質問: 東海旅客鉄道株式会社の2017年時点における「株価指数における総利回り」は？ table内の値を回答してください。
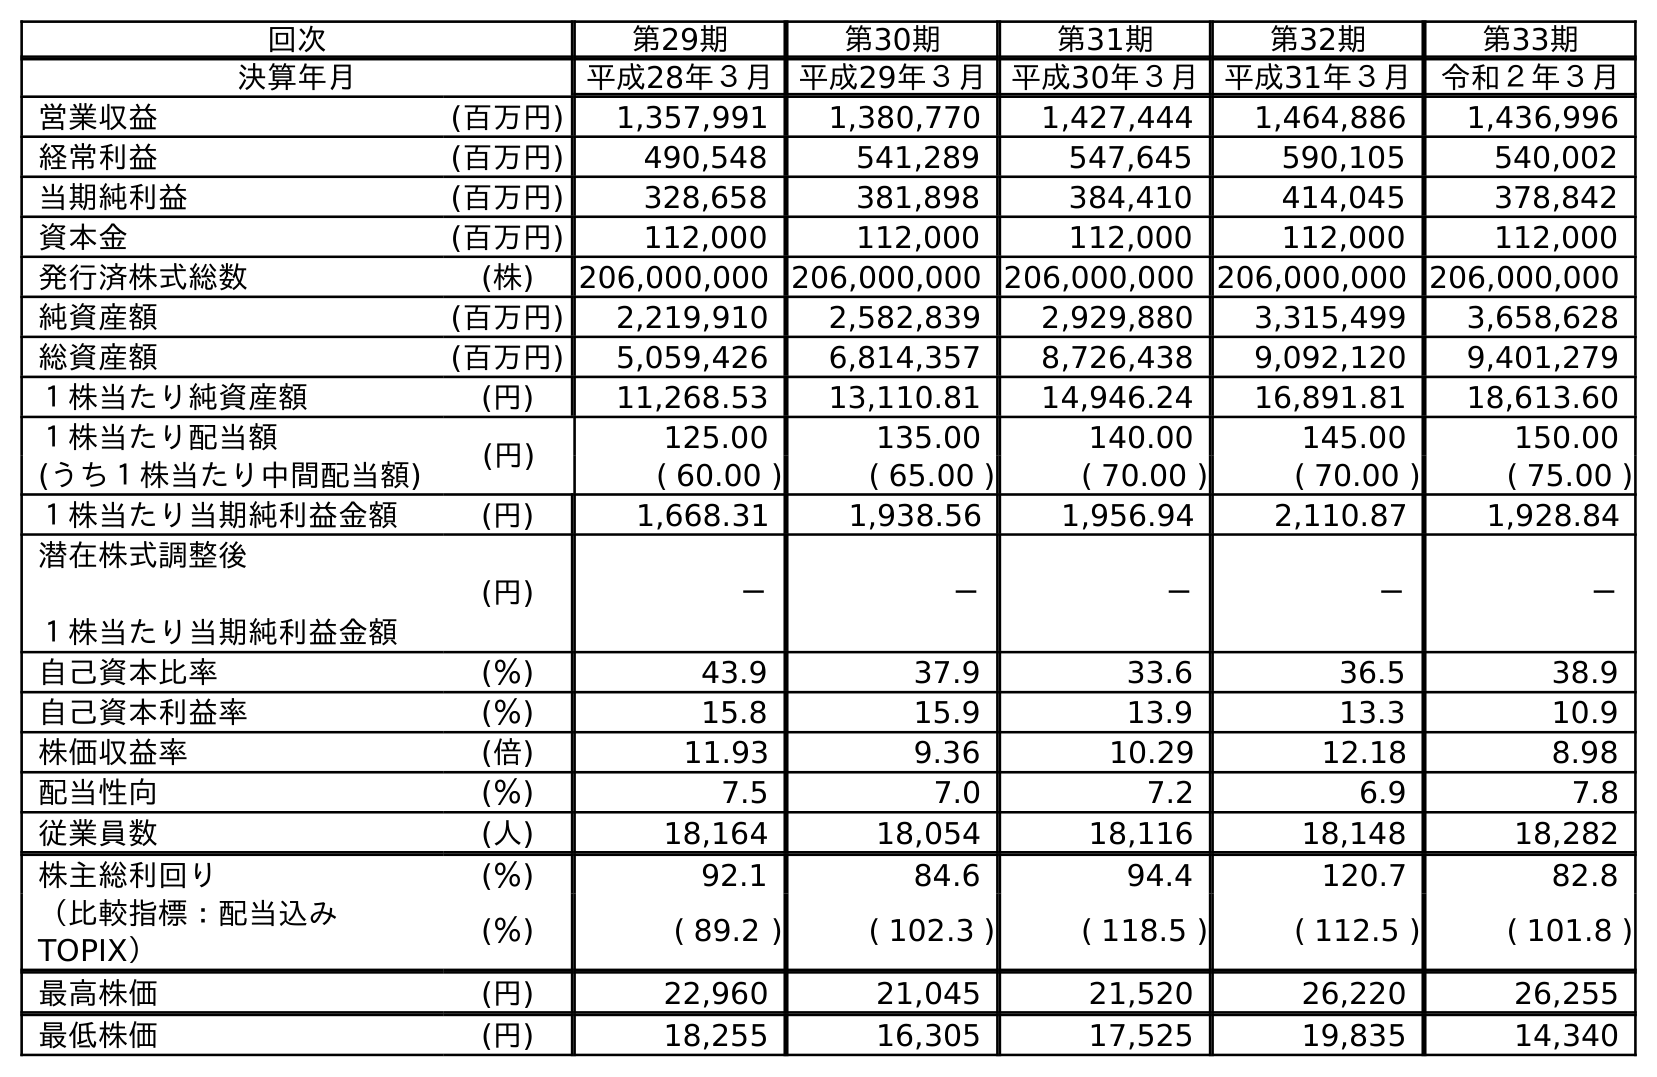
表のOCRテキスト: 回次 第29期 第30期 第31期 第32期 第33期 決算年月 平成28年３月 平成29年３月 平成30年３月 平成31年３月 令和２年３月 営業収益 (百万円) 1,357,991 1,380,770 1,427,444 1,464,886 1,436,996 経常利益 (百万円) 490,548 541,289 547,645 590,105 540,002 当期純利益 (百万円) 328,658 381,898 384,410 414,045 378,842 資本金 (百万円) 112,000 112,000 112,000 112,000 112,000 発行済株式総数 (株) 206,000,000 206,000,000 206,000,000 206,000,000 206,000,000 純資産額 (百万円) 2,219,910 2,582,839 2,929,880 3,315,499 3,658,628 総資産額 (百万円) 5,059,426 6,814,357 8,726,438 9,092,120 9,401,279 １株当たり純資産額 (円) 11,268.53 13,110.81 14,946.24 16,891.81 18,613.60 １株当たり配当額 (円) 125.00 135.00 140.00 145.00 150.00 (うち１株当たり中間配当額) ( 60.00 ) ( 65.00 ) ( 70.00 ) ( 70.00 ) ( 75.00 ) １株当たり当期純利益金額 (円) 1,668.31 1,938.56 1,956.94 2,110.87 1,928.84 潜在株式調整後 １株当たり当期純利益金額 (円) － － － － － 自己資本比率 (％) 43.9 37.9 33.6 36.5 38.9 自己資本利益率 (％) 15.8 15.9 13.9 13.3 10.9 株価収益率 (倍) 11.93 9.36 10.29 12.18 8.98 配当性向 (％) 7.5 7.0 7.2 6.9 7.8 従業員数 (人) 18,164 18,054 18,116 18,148 18,282 株主総利回り (％) 92.1 84.6 94.4 120.7 82.8 （比較指標：配当込み TOPIX） (％) ( 89.2 ) ( 102.3 ) ( 118.5 ) ( 112.5 ) ( 101.8 ) 最高株価 (円) 22,960 21,045 21,520 26,220 26,255 最低株価 (円) 18,255 16,305 17,525 19,835 14,340
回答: (102.3)